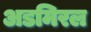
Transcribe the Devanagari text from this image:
अडमिरल